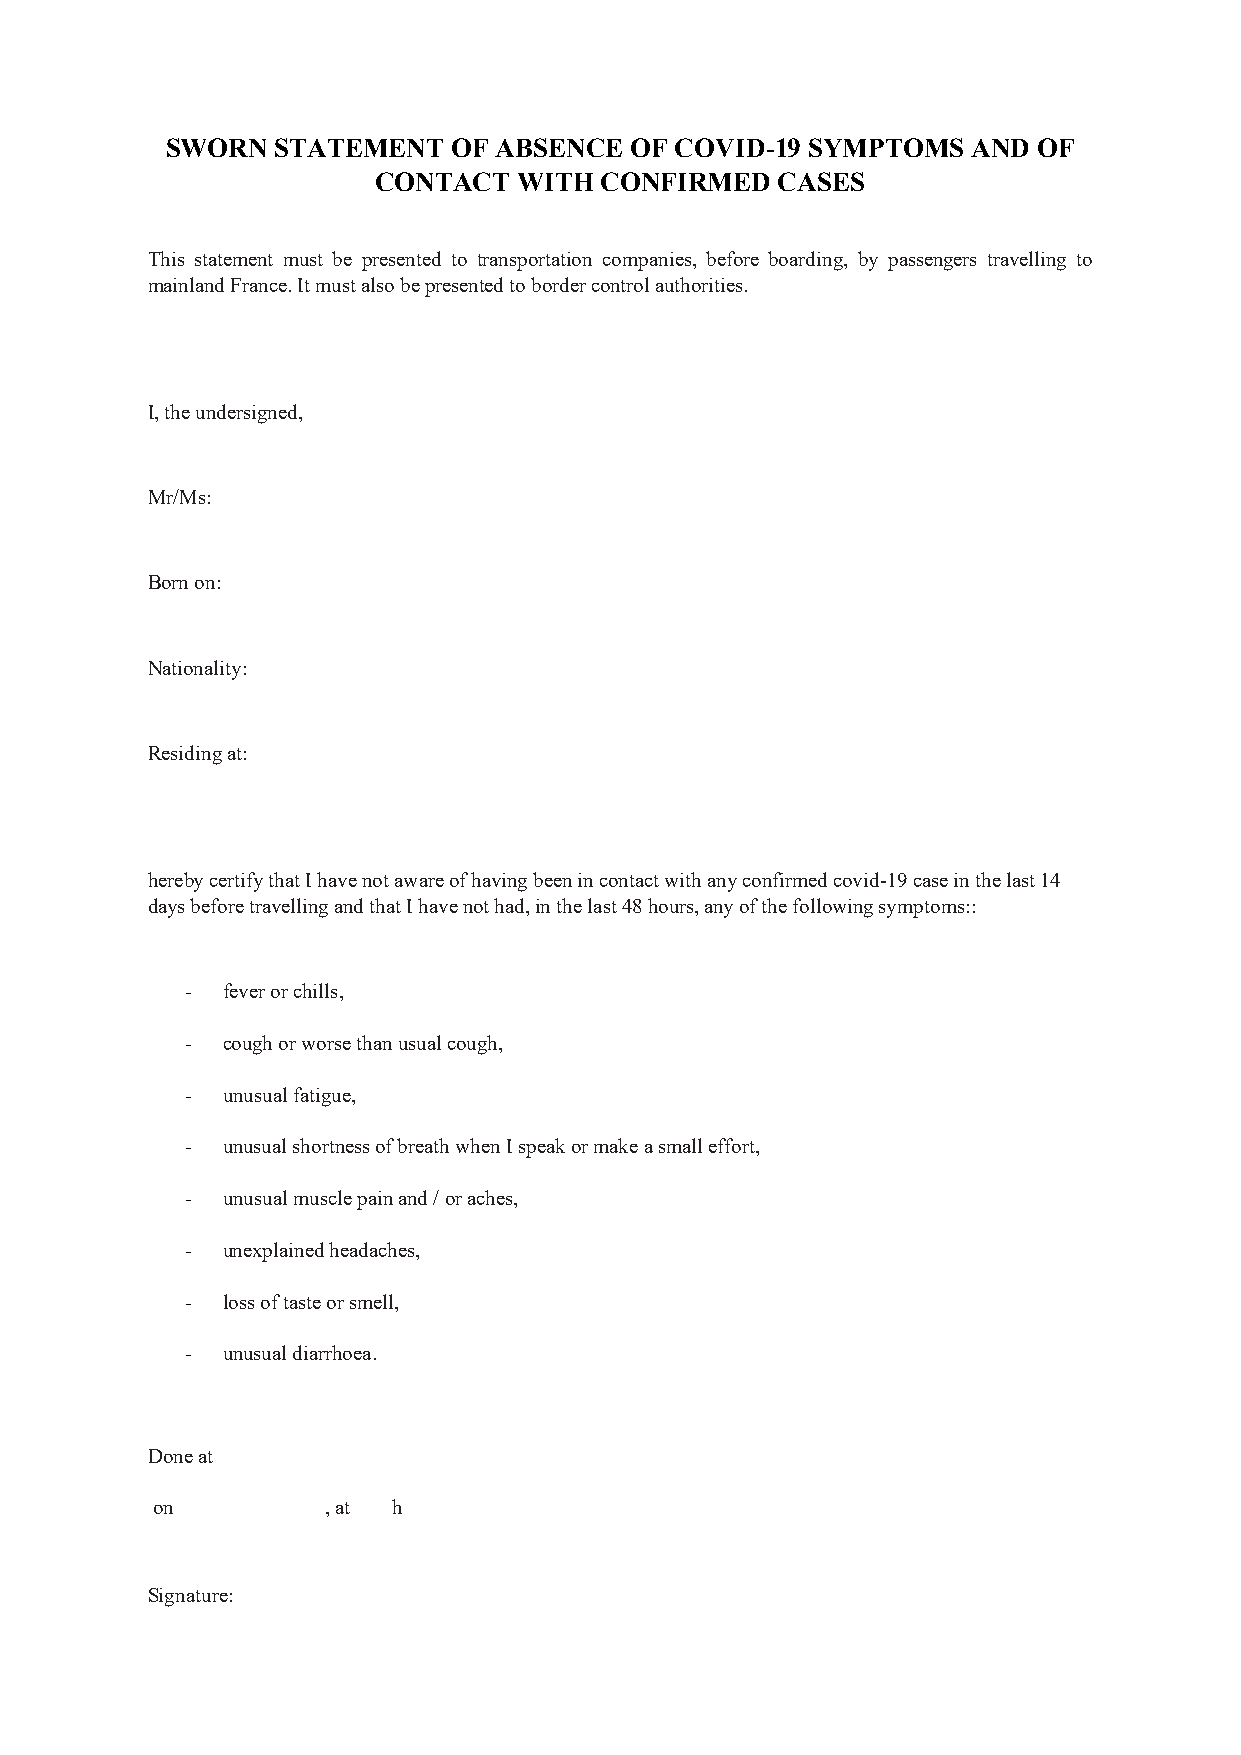
SWORN  STATEMENT   OF ABSENCE  OF COVID-19 SYMPTOMS  AND  OF
 CONTACT  WITH  CONFIRMED  CASES
 This statement must be presented to transportation companies, before boarding, by passengers travelling to
 mainland France. It must also be presented to border control authorities.
 I, the undersigned,
 Mr/Ms:
 Born on:
 Nationality:
 Residing at:
 hereby certify that I have not aware of having been in contact with any confirmed covid-19 case in the last 14
 days before travelling and that I have not had, in the last 48 hours, any of the following symptoms::
 -  fever or chills,
 -  cough or worse than usual cough,
 -  unusual fatigue,
 -  unusual shortness of breath when I speak or make a small effort,
 -  unusual muscle pain and / or aches,
 -  unexplained headaches,
 -  loss of taste or smell,
 -  unusual diarrhoea.
 Done at
 on          , at h
 Signature: